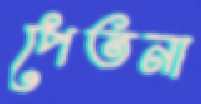
পেতনা